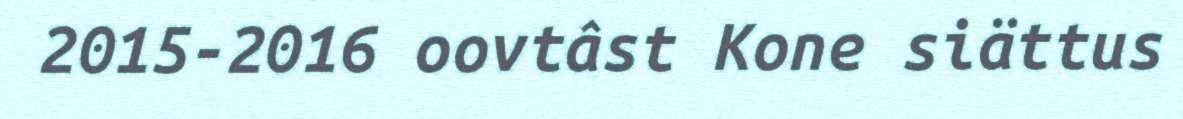
2015-2016 oovtâst Kone siättus